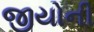
જીયોની